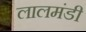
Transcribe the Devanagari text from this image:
लालमंडी